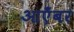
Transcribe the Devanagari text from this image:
आएँबर